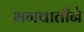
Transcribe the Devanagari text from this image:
भगवातीने